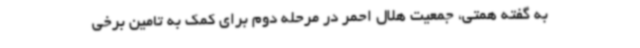
به گفته همتی، جمعیت هلال احمر در مرحله دوم برای کمک به تامین برخی